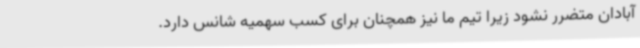
آبادان متضرر نشود زیرا تیم ما نیز همچنان برای کسب سهمیه شانس دارد.